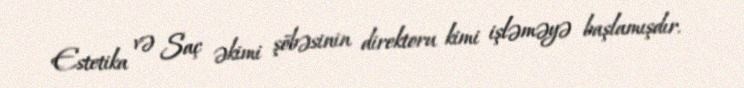
Estetika və Saç əkimi şöbəsinin direktoru kimi işləməyə başlamışdır.